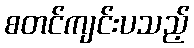
စတင်ကျင်းပသည့်